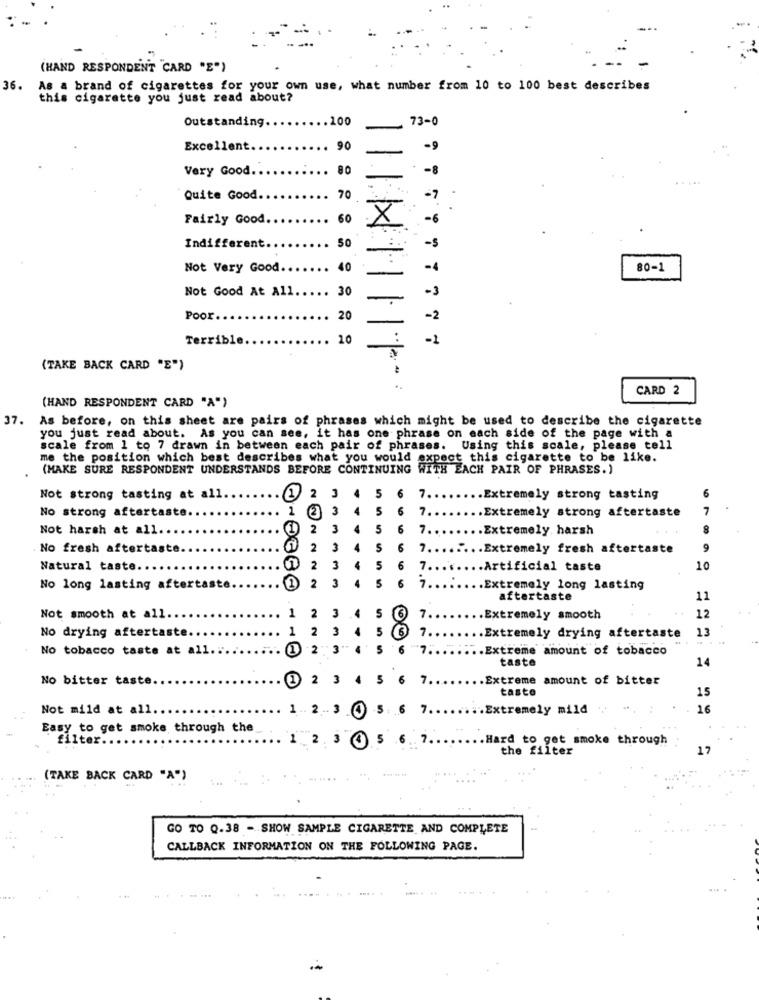
(HAND RESPONDENT "CARD "E")
36. As a brand of cigarettes for your own use, what number from 10 to 100 best describes
this cigarette you just read about?
Outstanding.
.100
73-0
Excellent
90
-9
Very Good ..
80
-8
...
Quite Good
70
-7
Fairly Good.
60
-6
50
Indiffer
-s
Not Very Good
40
-4
80-1
Not Good At All
30
-3
Poor.
20
-2
Terrible
20
:
-1
(TAKE BACK CARD "E")
CARD 2
(HAND RESPONDENT CARD "A")
37.
As before, on this sheet are pairs of phrases which might be used to describe the cigarette
you just read about. As you can see, it has one phrase on each side of the page with a
scale from 1 to 7 drawn in between each pair of phrases. Using this scale, please tell
me the position which best describes what you would expect this cigarette to be like.
(MAKE SURE RESPONDENT UNDERSTANDS BEFORE CONTINUING WITH EACH PAIR OF PHRASES.)
Not strong tasting at all
12 3
4
5
6
7 ..
.. Extremely strong tasting
6
No strong aftertaste
1
3
4
5
7
3
6
7.
.Extremely strong aftertaste
Not harsh at all ..
2
3
4
5
6
7 ..
.Extremely harsh
No fresh aftertaste.
2
3
4
6
7 ........ Extremely fresh aftertaste
9
Natural taste.
2
3
4
5
6
7 ........ Artificial taste
10
2
3
4
6
No long lasting aftertaste ..
7 ........ Extremely long lasting
aftertaste
11
5
Not smooth at all
1
2
3
.4
6 7 ..
.. Extremely smooth
12
1
2
3
4
13
No drying aftertaste
7.
.. Extremely drying aftertaste
No tobacco taste at all .:
2
3
5
6 7 ...
..... Extreme amount of tobacco
taste
14
No bitter taste
7.
Extreme amount of bitter
tasto
15
Not mild at all
.Extremely mild
16
Easy to get smoke through the
filter.
.Hard to get smoke through
the filter
17
(TAKE BACK CARD "A")
GO TO Q.38 - SHOW SAMPLE CIGARETTE AND COMPLETE
CALLBACK INFORMATION ON THE FOLLOWING PAGE.
.... ..
.....